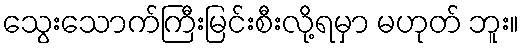
သွေးသောက်ကြီးမြင်းစီးလို့ရမှာ မဟုတ် ဘူး။